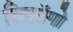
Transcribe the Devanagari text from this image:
शिकॉगो